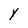
Character: y